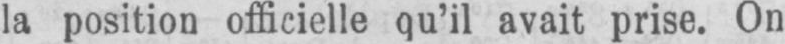
la position officielle qu’il avait prise. On